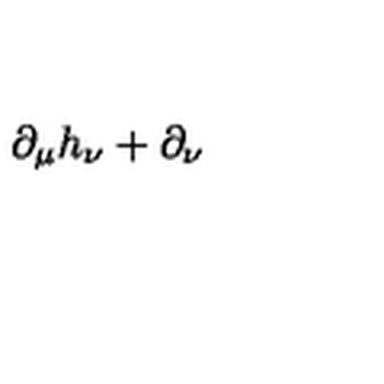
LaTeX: \partial _ { \mu } h _ { \nu } + \partial _ { \nu }